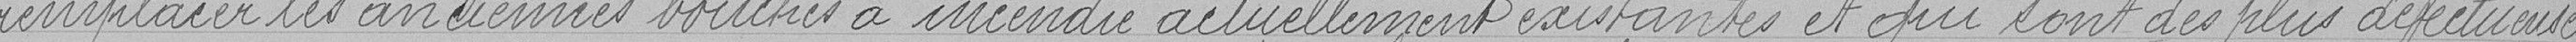
remplacer les anciennes bouches à incendie actuellement existantes et qui sont des plus défectueuses